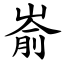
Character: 嵛